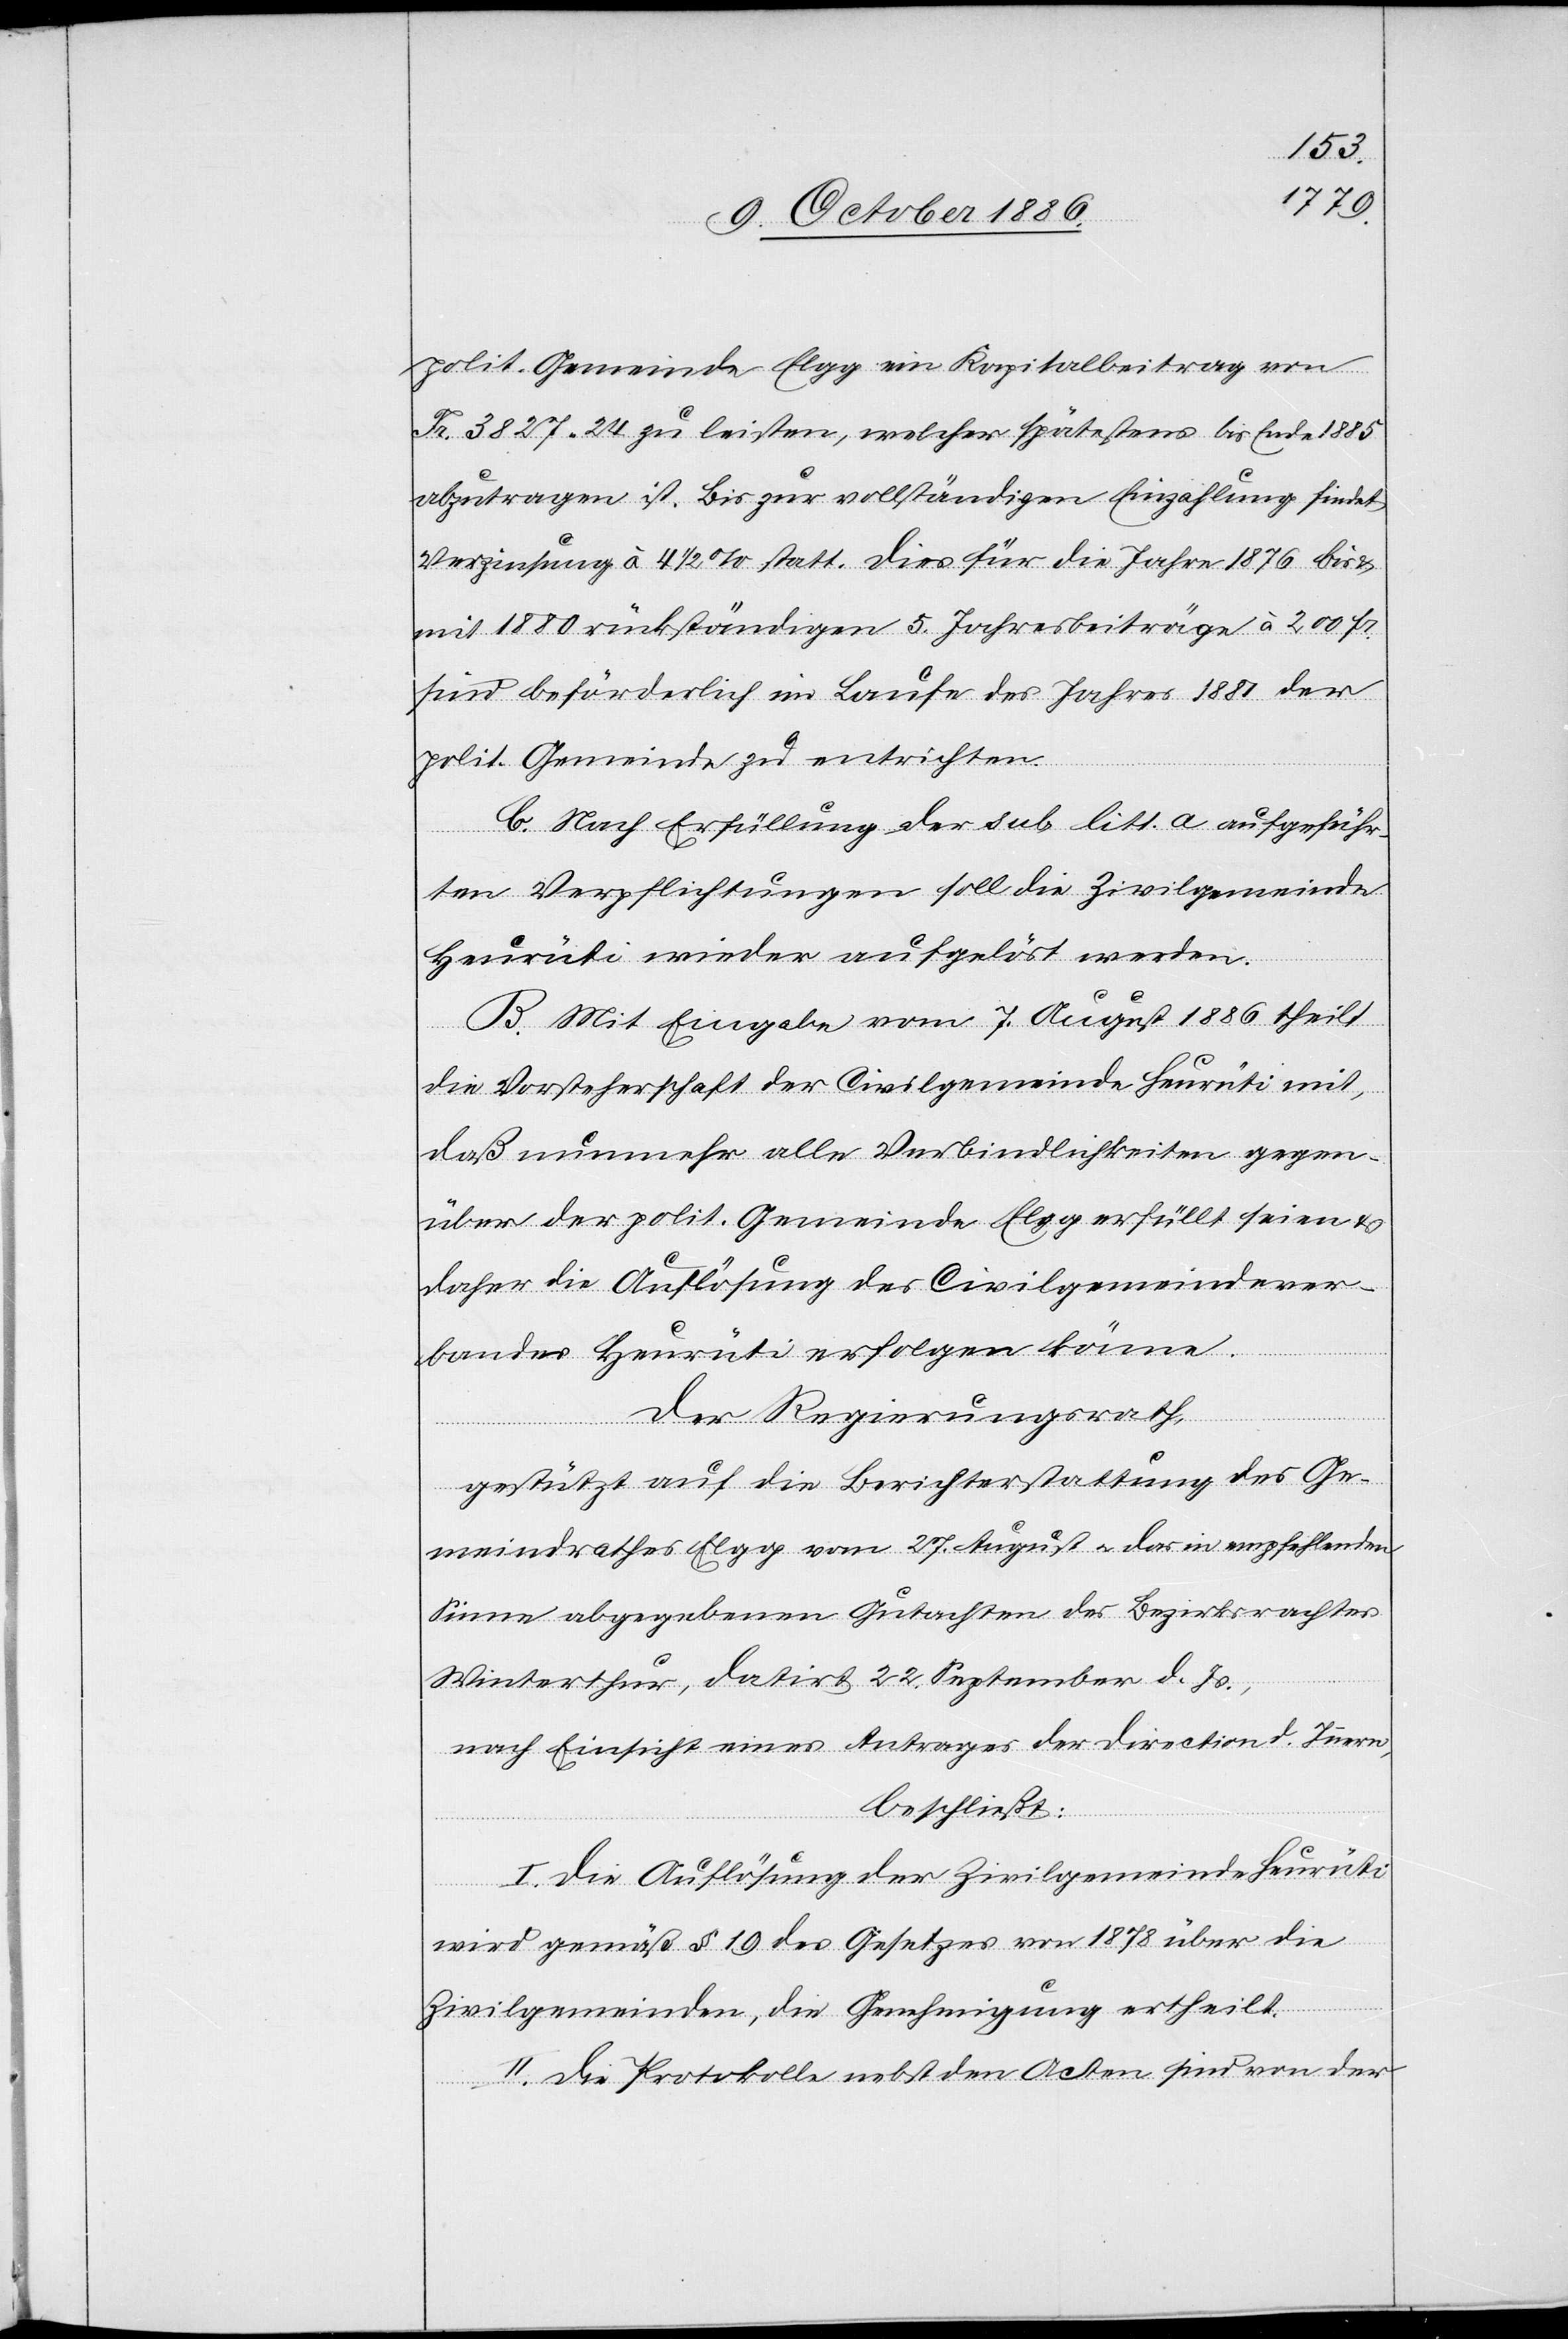
1876
polit. Gemeinde Elgg ein Kapitalbeitrag von
Fr. 3827 24 zu leisten, welcher spätestens bis Ende 1885
abzutragen ist. Bis zur vollständigen Einzahlung findet
mit 1880 rückständigen 5. Jahresbeiträge à 200 Fr.
sind beförderlich im Laufe des Jahres 1881 der
polit. Gemeinde zu entrichten.
b. Nach Erfüllung der sub litt. a aufgeführ¬
I. Die [re¬
ten Verpflichtungen soll die Zivilgemeinde
Heurüti wieder aufgelöst werden.
B. Mit Eingabe vom 7. August 1886 theilt
die Vorsteherschaft der Civilgemeinde Heurüti mit,
daß nunmehr alle Verbindlichkeiten gegen¬
über der polit. Gemeinde Elgg erfüllt seien &
daher die Auflösung des Civilgemeindever¬
bandes Heurüti erfolgen könne.
Der Regierungsrath,
gestützt auf die Berichterstattung des Ge¬
meindrathes Elgg vom 27. August & das in empfehlenden
Sinne abgegebenen [sic!] Gutachten des Bezirksrachtes
Winterthur, datirt 22. September d. Js.,
nach Einsicht eines Antrages der Direction d. Innern,
beschließt:
cte: Der] Auflösung der Zivilgemeinde Heurüti
wird gemäß § 19 des Gesetzes von 1878 über die
Zivilgemeinden, die Genehmigung ertheilt.
II. Die Protokolle nebst den Acten sind von der